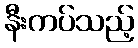
နီးကပ်သည့်